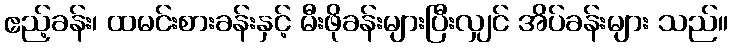
ဧည့်ခန်း၊ ထမင်းစားခန်းနှင့် မီးဖိုခန်းများပြီးလျှင် အိပ်ခန်းများ သည်။